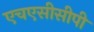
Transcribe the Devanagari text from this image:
एचएसीसीपी